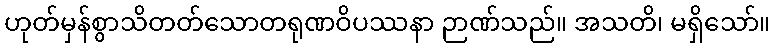
ဟုတ်မှန်စွာသိတတ်သောတရုဏဝိပဿနာ ဉာဏ်သည်။ အသတိ၊ မရှိသော်။